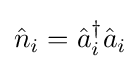
{\hat {n}}_{i}={\hat {a}}_{i}^{\dagger }{\hat {a}}_{i}